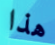
هذا